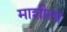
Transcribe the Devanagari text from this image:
माशीला